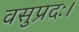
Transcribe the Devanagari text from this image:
वसुप्रदः।